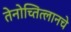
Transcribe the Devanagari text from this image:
तेनोच्तित्लानचे